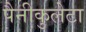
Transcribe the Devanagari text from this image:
पैनीकुलेटा